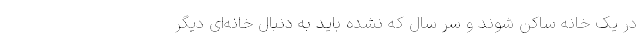
در یک خانه ساکن شوند و سر سال که نشده باید به دنبال خانه‌ای دیگر